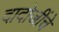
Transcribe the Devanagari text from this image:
दादोजींचे